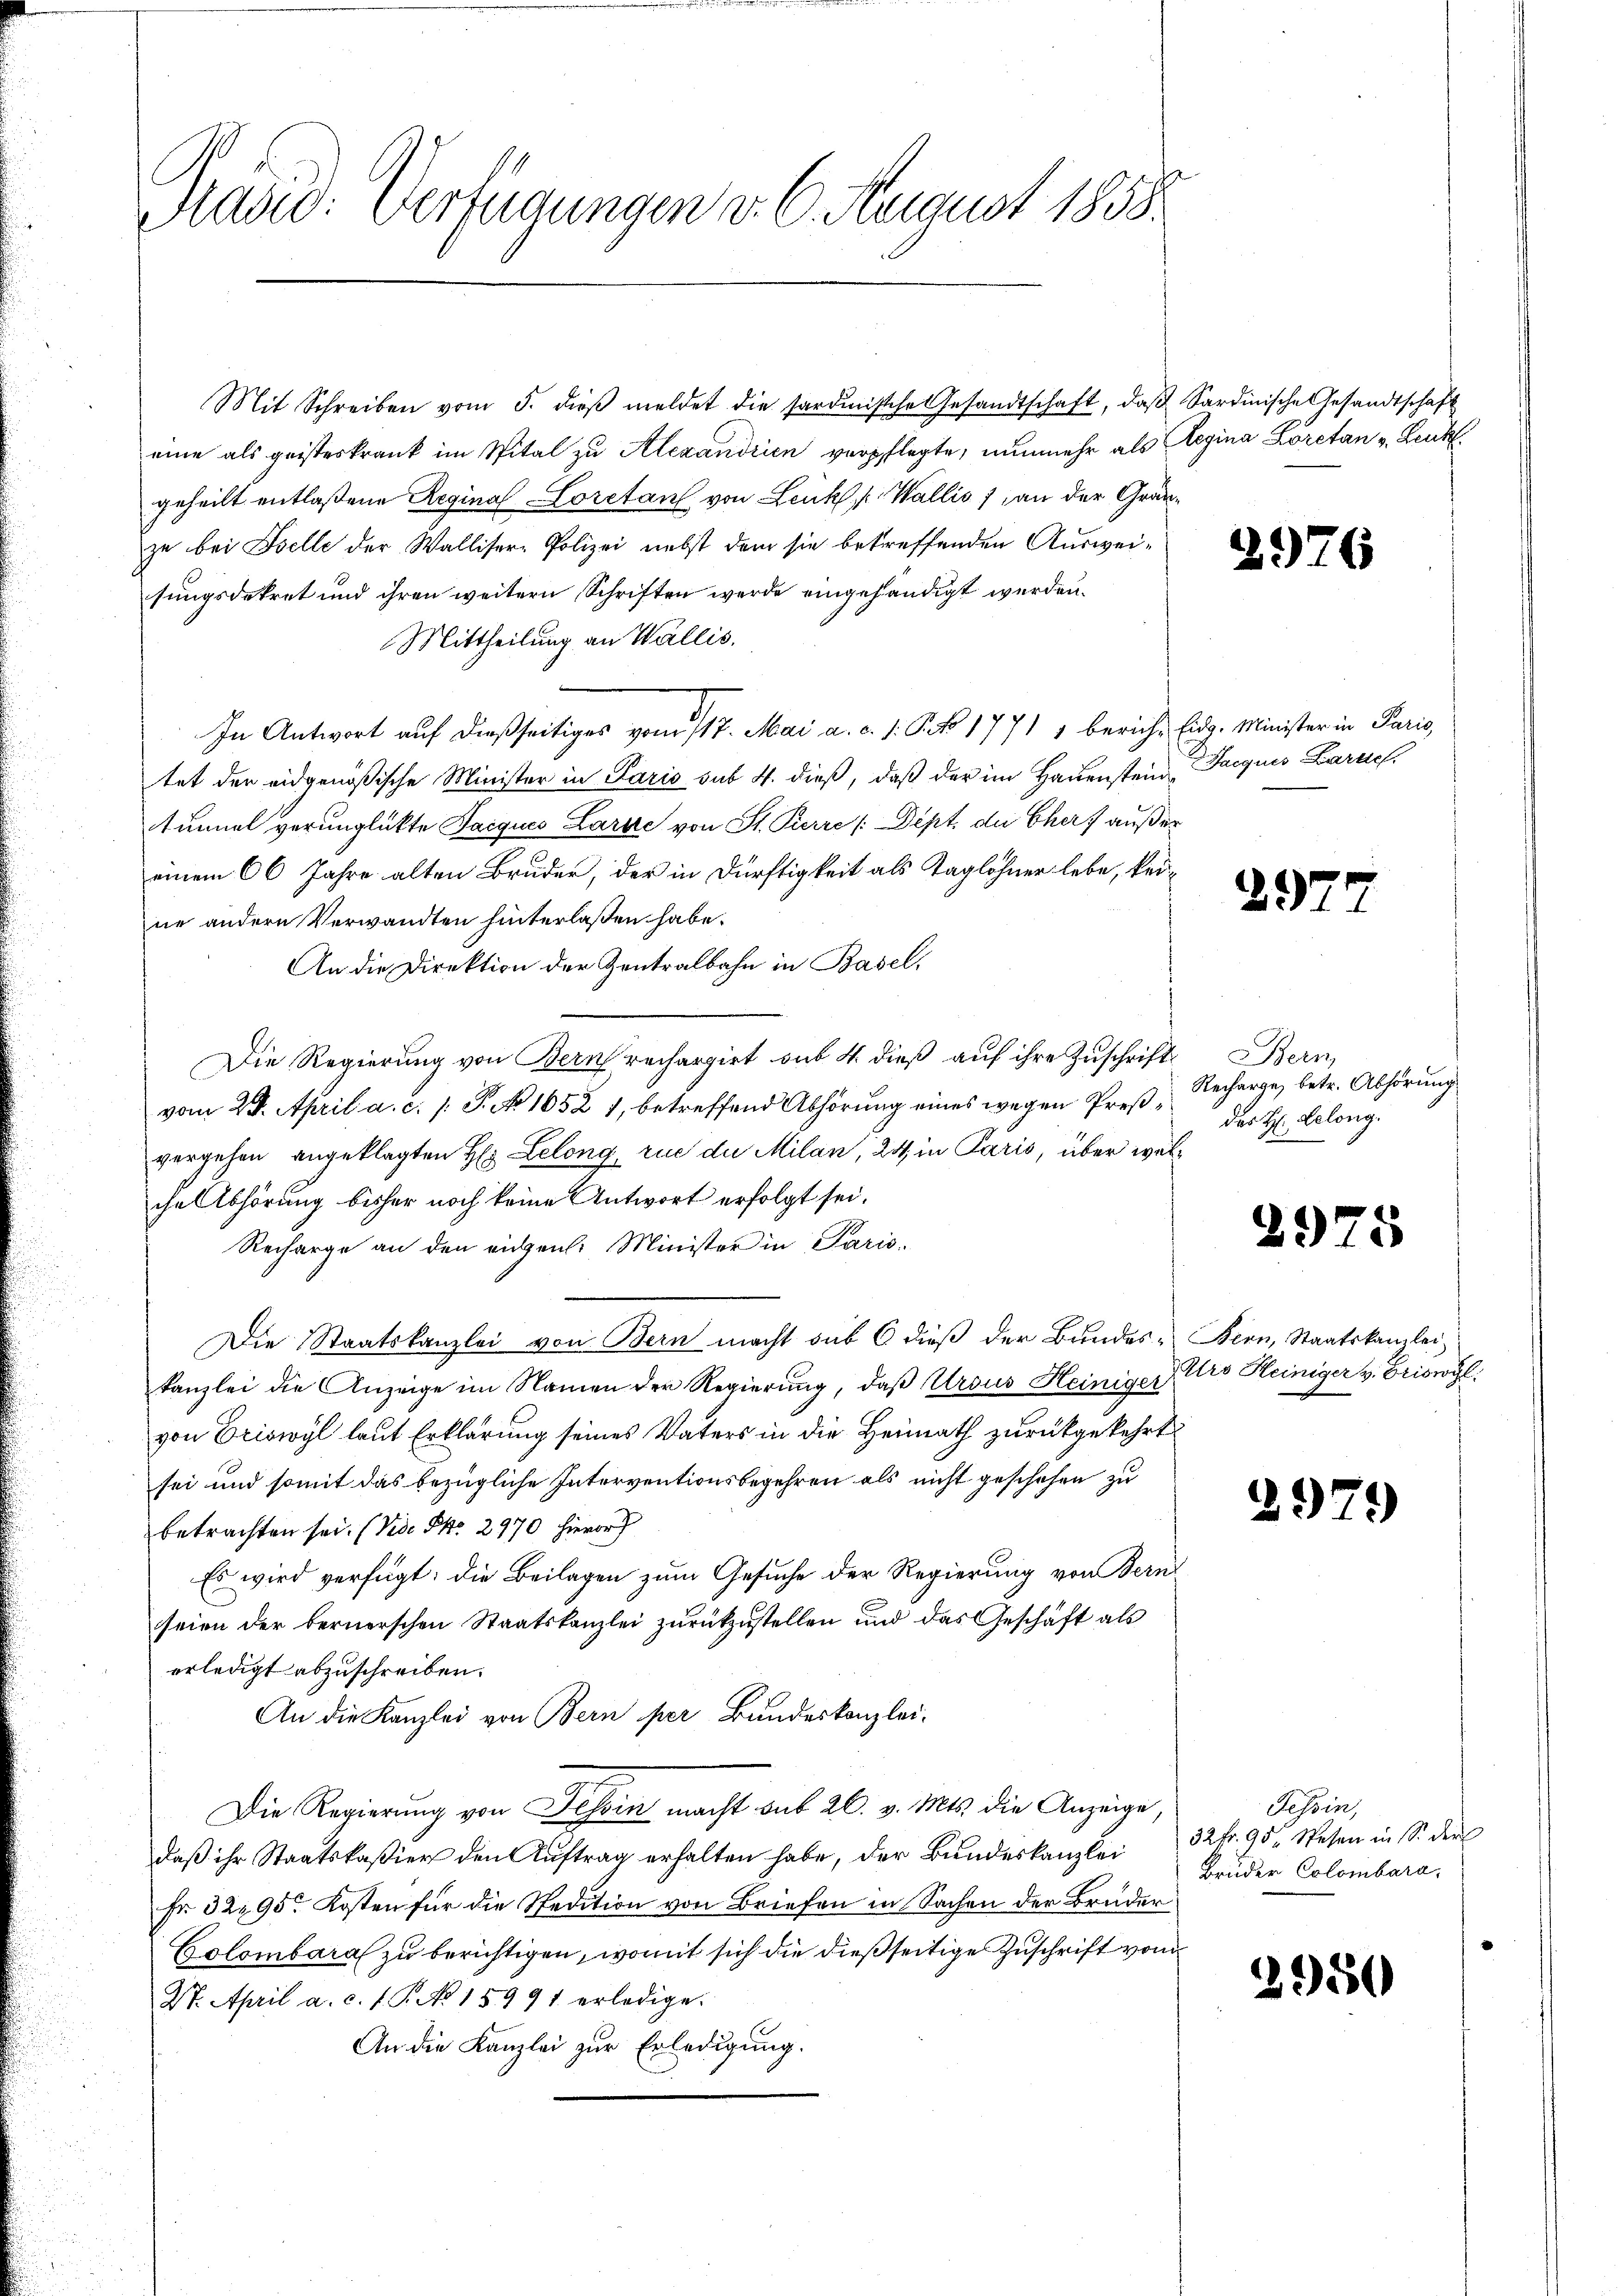
Mašid: Verfügungen d. 6. August 1858.

Mit Schreiben vom 5. dieβ meldet die sardinische Gesandtschaft, daβ Sardinische Gesandtschaft
eine als geisteskrank im Spital zu Alexandrien verpflegte, nunmehr als Regina Loretan v. Leut
geheilt entlaßene Reginal Loretan von Lenk k Wallis 1, an der Grauzu bei Belle der Walliser-Polizei nebst dem sie betreffenden Ausweisungsdekret und ihren weitern Schriften werde eingehändigt werden.
Mittheilung an Wallis.
In Antwort auf dießseitiges vom 117. Mai a. c. s. S. 1771 1 bericht Eidg. Minister in Paris,
tet den eidgenößische Minister in Paris sub 4. dieß, daß der im Hauenstein Jacquis Zarne,
tinmal verunglükte Tacques Larze von St. Pierre (Dept. die Eher) außer
einem 66 Jahre alten Bruder, der in Dürftigkeit als Taglohner lebe, keine andern Verwandten hinterlaßen habe.
An die Direktion der Zentralbahn in Basel,
Die Regierung von Bern rechargirt aus 4. dieß auf ihre Zuschriftvom 29. April a. c. 1 P. No 1052 1, betreffend Abhörung eines wegen Preßvergehen angeklagten H. Leleng, rue die Milan, 24, in Paris, über welche Abhörung bisher noch keine Antwort erfolgt sei.
Recharge an den eigen. Minister in Paris.
Die Staatskanzlei von Bern macht sub 6 dieß der Bundeskanzlei die Anzeige im Namen der Regierung, daβ Ursus Heiniger Pro Heiniger v. Briswyl
von Eriswyl laut Erklärung seines Vaters in die Heimath zurückgekehrt
sei und somit das bezügliche Interventionsbegehren als nicht geschehen zu
betrachten sei. (Vide No. 2970 hieror
Es wird verfügt: die Beilagen zum Gesuche der Regierung von Bern
seien der bernerschen Staatskanzlei zurückzustellen und das Geschäft als
erledigt abzuschreiben.
An die Kanzlei von Bern per Bundeskanzlei-
Die Regierung von Tessin macht sub 26. v. Mts. die Anzeige,
daβ ihr Staatskaßier den Aŭftrag erhalten habe, der Bŭndeskanzlei 32 fr. 95. Wesen in S. der
Fr. 3295. Kosten für die Spedition von Briefen in Sachen der Brüder
Colombara zu berichtigen, womit sich die dießseitige Zuschrift von
27. April a. c. 1 P. No 15991 erledige.
An die Kanzlei zur Erledigung.

2976

297

Bern,
Recharge, betr. Abhörung
des H: Lelong.

2975

Bern, Staatskanzlei

292

)

Tessin,
Brüder Colombara,

2950